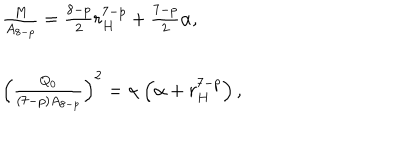
\begin{array} { l } { { \frac { M } { A _ { 8 - p } } = \frac { 8 - p } { 2 } r _ { H } ^ { 7 - p } + \frac { 7 - p } { 2 } \alpha , } } \\ { { \left( \frac { Q _ { 0 } } { ( 7 - p ) A _ { 8 - p } } \right) ^ { 2 } = \alpha \left( \alpha + r _ { H } ^ { 7 - p } \right) , } } \\ \end{array}